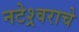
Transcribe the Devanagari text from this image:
नटेश्र्वराचे